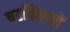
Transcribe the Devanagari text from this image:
षटविकारों